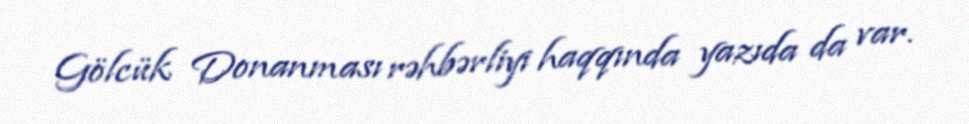
Gölcük Donanması rəhbərliyi haqqında yazıda da var.